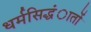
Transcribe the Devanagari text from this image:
धर्मसिद्धंातों